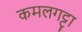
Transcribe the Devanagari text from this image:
कमलगट्टा